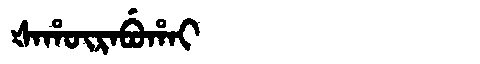
Manchu: ᡧᠠᡥᡡᡵᠠᠪᡠᡥᠠᡳ
Romanization: ŠAHŪRABUHAI